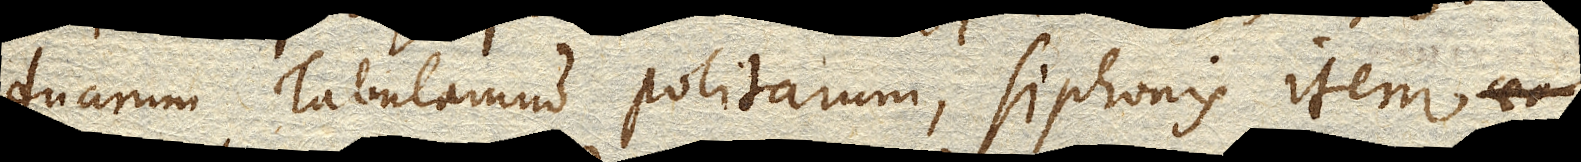
duarum Tabularum politarum, Siphonis item